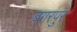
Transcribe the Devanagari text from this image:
बगरपुर